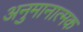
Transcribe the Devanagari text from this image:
अनुमानात्मक